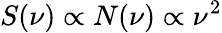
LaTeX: S(\nu)\propto N(\nu)\propto\nu^{2}